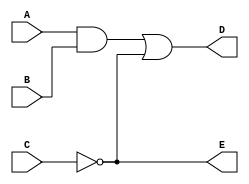
// This program was cloned from: https://github.com/sinkswim/veriloglib
// License: MIT License

module sample (A,B,C,D,E);
// Inputs 
input A; 
input B;
input C;
//Ouputs 
output D;
output E;
// Components
wire w1;
and g1 (w1 ,A,B) ;
not g2(E,C);
or g3 (D, w1, E) ;
endmodule